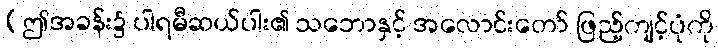
(ဤအခန်း၌ ပါရမီဆယ်ပါး၏ သဘောနှင့် အလောင်းတော် ဖြည့်ကျင့်ပုံကို